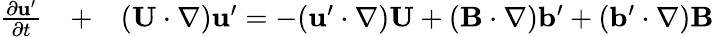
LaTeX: \begin{array}{rlr}{\frac{\partial{\mathbf{u}}^{\prime}}{\partial t}}&{{}+}&{({\mathbf{U}}\cdot\nabla){\mathbf{u}}^{\prime}=-({\mathbf{u}}^{\prime}\cdot\nabla){\mathbf{U}}+({\mathbf{B}}\cdot\nabla){\mathbf{b}}^{\prime}+({\mathbf{b}}^{\prime}\cdot\nabla){\mathbf{B}}}\end{array}